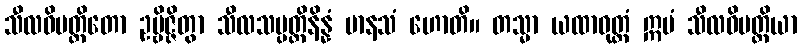
သီလဝိပတ္တိတော ဥဗ္ဗိဇ္ဇိတွာ သီလသမ္ပတ္တိနိန္နံ မာနသံ ဟောတိ။ တသ္မာ ယထာဝုတ္တံ ဣမံ သီလဝိပတ္တိယာ